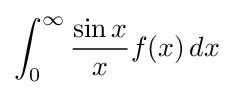
\int _{0}^{\infty }{\frac {\sin x}{x}}f(x)\,dx